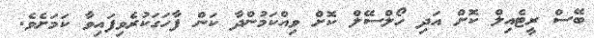
ބޭސް ރީޓެއިލް ކޮށް އަދި ހޯލްސޭލް ކޮށް ވިއްކަމުންދާ ކަން ފާހަގަކުރެވިފައިވާ ކަމަށެވެ.